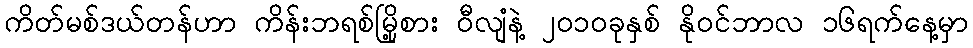
ကိတ်မစ်ဒယ်တန်ဟာ ကိန်းဘရစ်မြို့စား ဝီလျံနဲ့ ၂ဝ၁ဝခုနှစ် နိုဝင်ဘာလ ၁၆ရက်နေ့မှာ